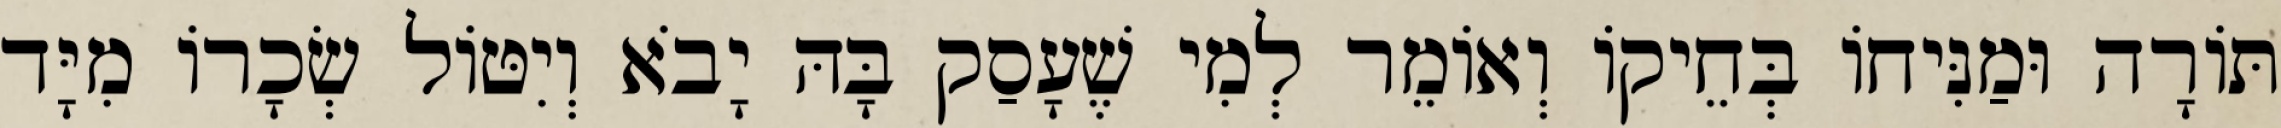
תּוֹרָה וּמַנִּיחוֹ בְּחֵיקוֹ וְאוֹמֵר לְמִי שֶׁעָסַק בָּהּ יָבֹא וְיִטּוֹל שְׂכָרוֹ מִיָּד